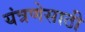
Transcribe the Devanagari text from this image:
यंत्रणेसाठी